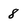
Character: 8